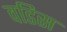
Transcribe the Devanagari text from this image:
वडिस